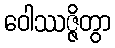
ဝေါဿဇ္ဇိတွာ